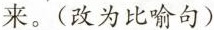
来。(改为比喻句)